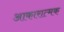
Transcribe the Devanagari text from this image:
आकारात्मक